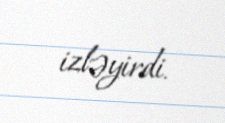
izləyirdi.